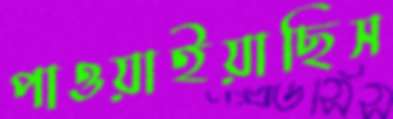
পাওয়াইয়াছিস